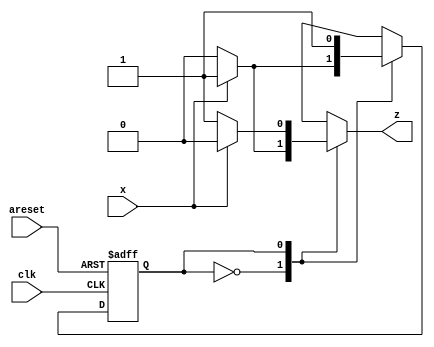
module top_module (
    input clk,
    input areset,
    input x,
    output z
); 
    parameter A=0,B=1;
    reg state,next_state;
    always@(*)
        case(state)
            A:next_state<=(x==1)?B:A;
            B:next_state<=B;
        endcase
    always @(posedge clk, posedge areset)
        begin
            if(areset)
                state<=A;
            else
                state<=next_state;
        end
    always @(*)
        case(state)
            A:z<=(x==1)?1:0;
            B:z<=(x==1)?0:1;
        endcase

endmodule